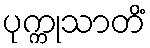
ပုက္ကုသာတိံ